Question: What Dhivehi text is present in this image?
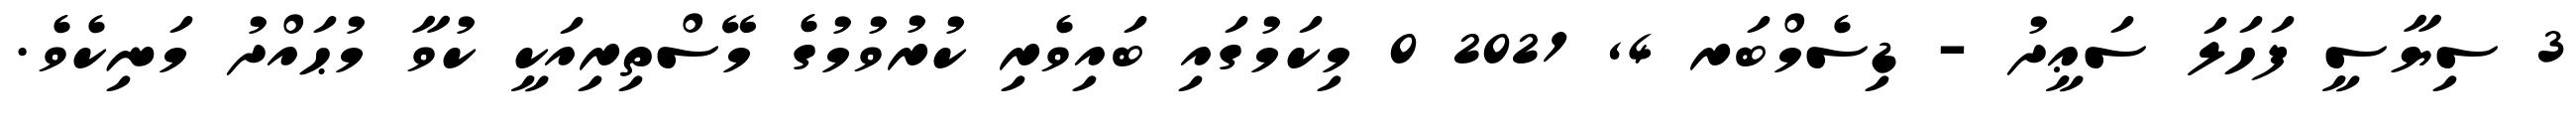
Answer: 3 ސިޔާސީ ފަހަލަ ސަޢީދު - ޑިސެމްބަރ 4, 2021 0 މިކަމުގައި ބައިވެރި ކުރުވުމުގެ މޭސްތިރިއަކީ ކުވާ މުޙައްދު މަނިކެވެ.